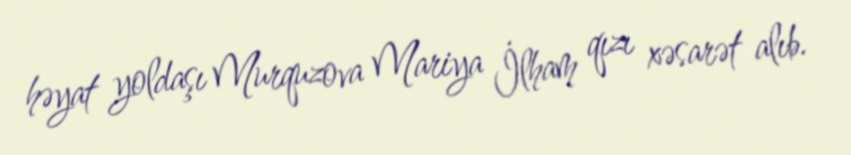
həyat yoldaşı Murquzova Mariya İlham qızı xəsarət alıb.